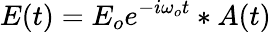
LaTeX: E(t)=E_{o}e^{-i\omega_{o}t}*A(t)